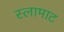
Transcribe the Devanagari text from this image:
स्लामाट